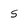
Character: 5